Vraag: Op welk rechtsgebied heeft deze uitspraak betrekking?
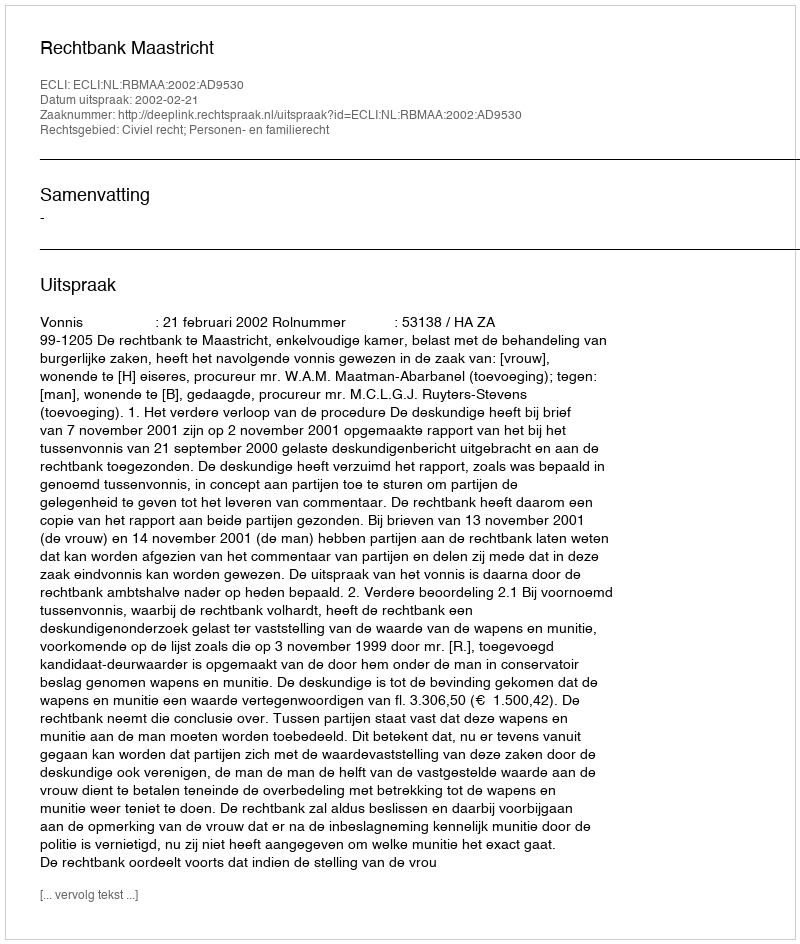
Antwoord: Civiel recht; Personen- en familierecht